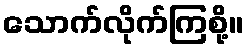
သောက်လိုက်ကြစို့။